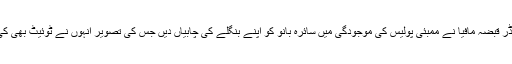
بلڈر قبضہ مافیا نے ممبئی پولیس کی موجودگی میں سائرہ بانو کو اپنے بنگلے کی چابیاں دیں جس کی تصویر انہوں نے ٹوئیٹ بھی کی۔